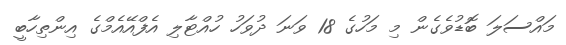
މައްސަލަ ބޮޑުވެގެން މި މަހުގެ 18 ވަނަ ދުވަހު ހުއްޓާލި އެފްއޭއެމްގެ އިންތިހާބީ